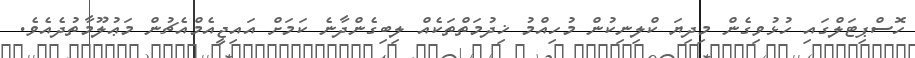
ހޮސްޕިޓަލްގައި ހުޅުވިގެން މިދިޔަ ކްލިނިކުން މުހިއްމު ޚިދުމަތްތަކެއް ލިބިގެންދާނެ ކަމަށް އައިޖީއެމްއެޗުން މަޢުލޫމާތުދެއެވެ.